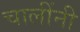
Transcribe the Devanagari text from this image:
चालींनी